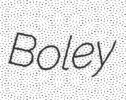
Boley